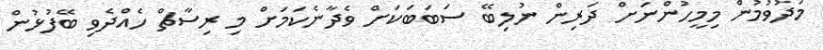
މަދުވުމުން މިމީހުންނަށް ދަރިން ނުލިބޭ ސަބަބަކަށް ވެދާނެކަމަށް މި ރިސާޗް ހެއްދެވި ބޭފުޅުން